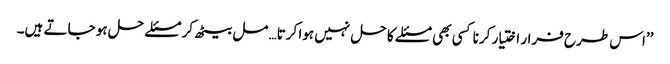
’’اس طرح فرار اختیار کرنا کسی بھی مسئلے کا حل نہیں ہوا کرتا… مل بیٹھ کر مسئلے حل ہو جاتے ہیں۔